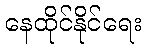
နေထိုင်နိုင်ရေး